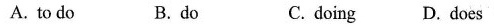
A. to do B.do C. doing D.does